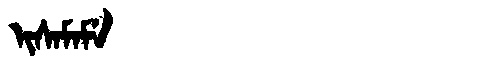
Manchu: ᡳᠰᠠᠮᠠᠮᡝ
Romanization: ISAMAME